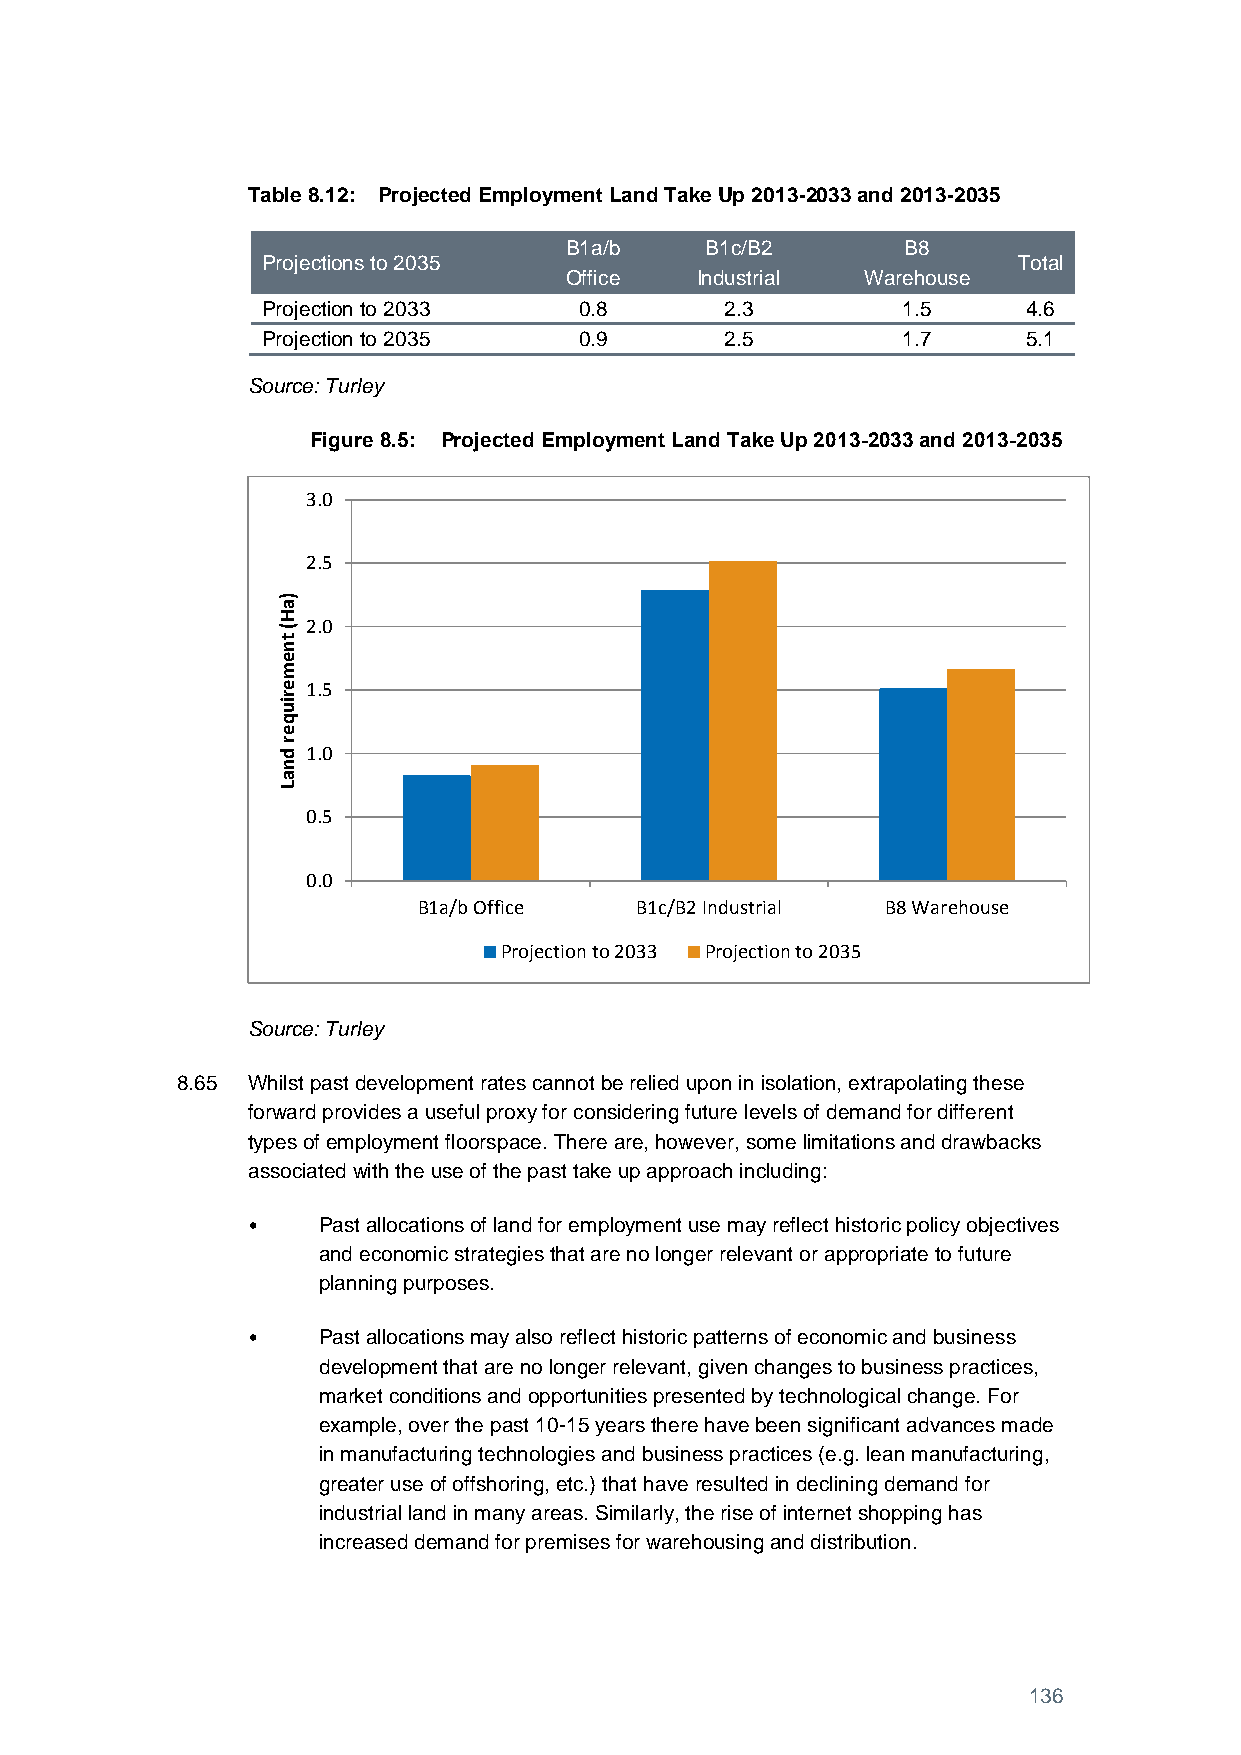
Table 8.12: Projected Employment Land Take Up 2013-2033 and 2013-2035
 B1a/b     B1c/B2       B8
 Projections to 2035                               Total
 Office   Industrial Warehouse
 Projection to 2033   0.8       2.3         1.5     4.6
 Projection to 2035   0.9       2.5         1.7     5.1
 Source: Turley
 Figure 8.5: Projected Employment Land Take Up 2013-2033 and 2013-2035
 3.0
 2.5
 )
 a
 H
 (
 t
 2.0
 n
 e
 m
 e 1.5
 r
 iu
 q
 e
 r
 d 1.0
 n
 a
 L
 0.5
 0.0
 B1a/b Office  B1c/B2 Industrial B8 Warehouse
 Projection to 2033 Projection to 2035
 Source: Turley
 8.65 Whilst past development rates cannot be relied upon in isolation, extrapolating these
 forward provides a useful proxy for considering future levels of demand for different
 types of employment floorspace. There are, however, some limitations and drawbacks
 associated with the use of the past take up approach including:
 •    Past allocations of land for employment use may reflect historic policy objectives
 and economic strategies that are no longer relevant or appropriate to future
 planning purposes.
 •    Past allocations may also reflect historic patterns of economic and business
 development that are no longer relevant, given changes to business practices,
 market conditions and opportunities presented by technological change. For
 example, over the past 10-15 years there have been significant advances made
 in manufacturing technologies and business practices (e.g. lean manufacturing,
 greater use of offshoring, etc.) that have resulted in declining demand for
 industrial land in many areas. Similarly, the rise of internet shopping has
 increased demand for premises for warehousing and distribution.
 136